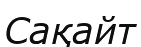
Сақайт